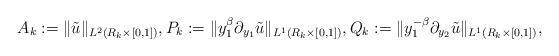
LaTeX: \begin{align*} A_k:=\|\tilde{u}\|_{L^2(R_k\times [0, 1])}, P_k:=\|y_1^{\beta}\partial_{y_1}\tilde{u}\|_{L^1(R_k\times [0, 1])}, Q_k:=\|y_1^{-\beta}\partial_{y_2}\tilde{u}\|_{L^1(R_k\times [0, 1])}, \end{align*}